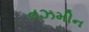
તઝમીન